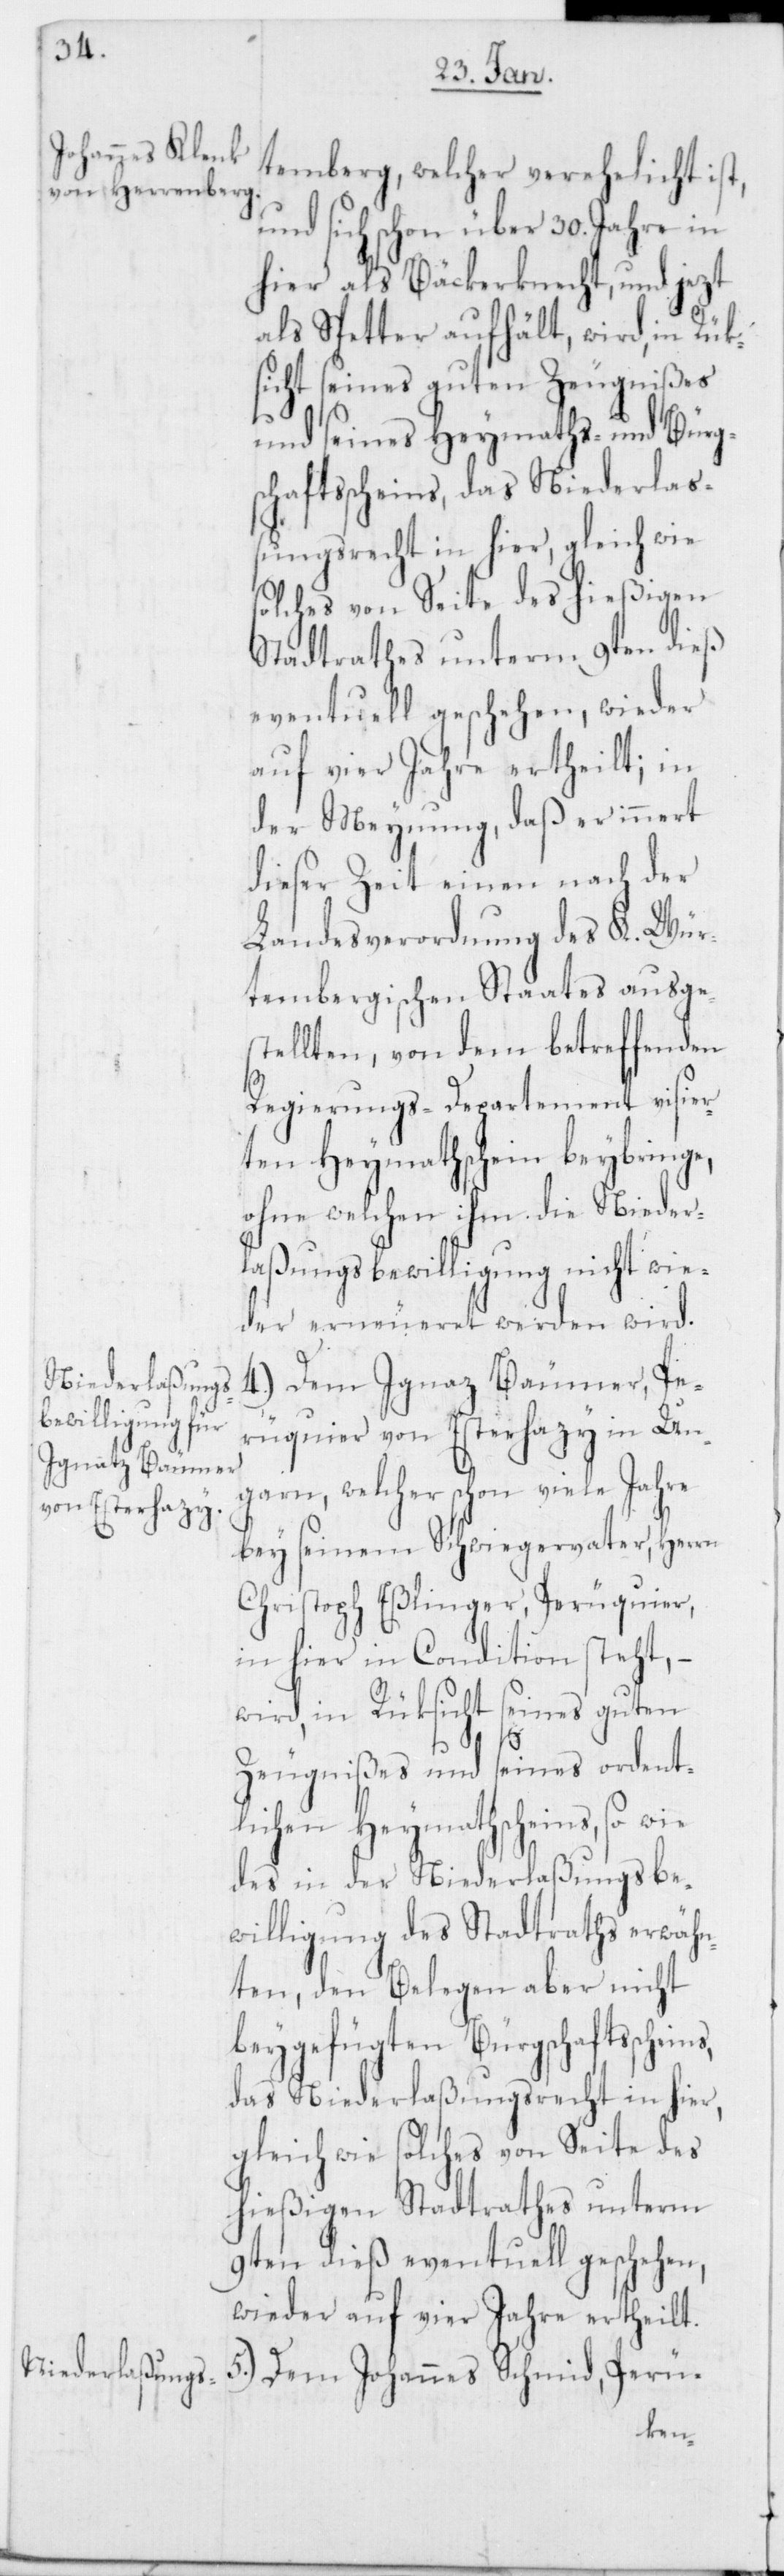
Johannes Schmid,
temberg, welcher verehelicht ist,
und sich schon über 30. Jahre in
hier als Bäckerknecht, und jezt
als Spetter aufhält, wird, in Rük¬
sicht seines guten Zeugnißes
und seines Heymaths- und Bürg¬
schaftsscheins, das Niederlaß¬
ungsrecht in hier, gleich wie
solches von Seite des hießigen
Stadtrathes unterm 9ten dieß
eventuell geschehen, wieder
auf vier Jahre ertheilt; in
der Meynung, daß er innert
dieser Zeit einen nach der
Landesverordnung des K. Wür¬
tembergischen Staates ausge¬
stellten, von dem betreffenden
Regierungs-Departement visier¬
ten Heymathschein beybringe,
ohne welchen ihm die Nieder¬
laßungsbewilligung nicht wie¬
der erneueret werden wird.
4.) Dem Ignaz Bäumer, Pe¬
ruquier von Esterhazy in Un¬
garn, welcher schon viele Jahre
bey seinem Schwiegervater, Herrn
Christoph Eßlinger, Peruquier,
in hier in Condition steht, –
wird, in Rüksicht seines guten
5.)
Zeugnißes und seines ordent¬
lichen Heymathscheins, so wie
des in der Niederlaßungsbe¬
willigung des Stadtraths erwähn¬
ten, in Belegen aber nicht
beygefügten Bürgschaftsschein¬
das Niederlaßungsrecht in hier,
gleich wie solches von Seite des
hießigen Stadtrathes unterm
9ten dieß eventuell geschehen,
wieder auf vier Jahre ertheilt.